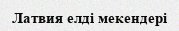
Латвия елді мекендері